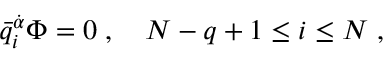
\bar { q } _ { i } ^ { \dot { \alpha } } \Phi = 0 \; , \quad N - q + 1 \leq i \leq N \; ,